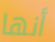
أنها